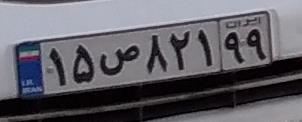
۱۵ص۸۳۱۹۹